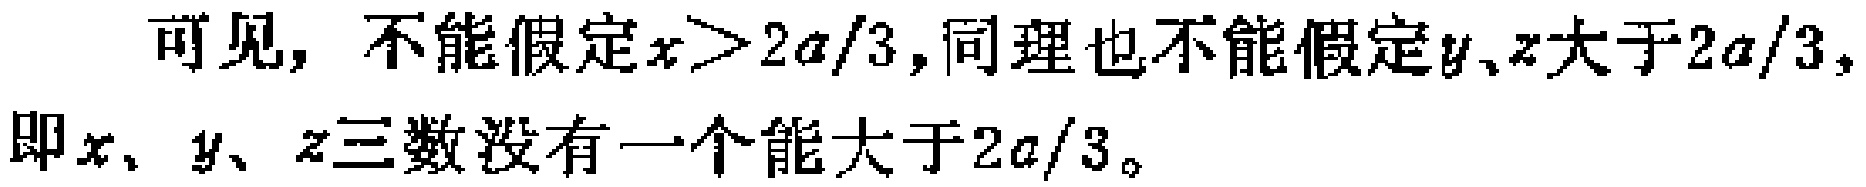
可见，不能假定$x>2a/3$,同理也不能假定$y、z$大于$2a/3$,即$x、y、z$三数没有一个能大于$2a/3$。